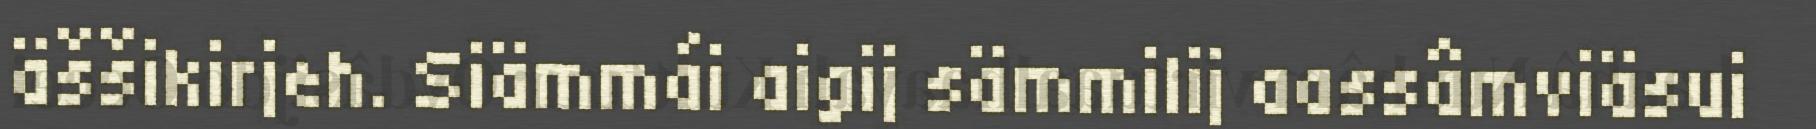
äššikirjeh. Siämmái aigij sämmilij aassâmviäsui